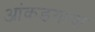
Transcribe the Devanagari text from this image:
आंकडयाचा